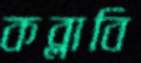
কব্‌লাবি